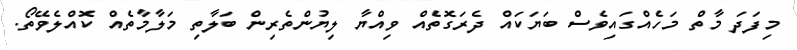
މިފަދަ މާތް މަހެއްގައިވެސް ބަޔަކައް ދެރަގޮތެއް ވިއްޔާ ލިޔުންތެރިން ބަލާތި މަލާމާތެއް ކޮއްލެވޭތޯ.